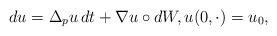
LaTeX: \begin{align*} d u = \Delta_p u \,d t + \nabla u \circ d W, u(0,\cdot) = u_0, \end{align*}